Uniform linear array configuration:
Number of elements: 48
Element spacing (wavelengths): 0.5
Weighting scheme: hamming
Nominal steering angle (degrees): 30
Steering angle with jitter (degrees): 30.354
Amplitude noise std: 0.05
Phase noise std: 0.05

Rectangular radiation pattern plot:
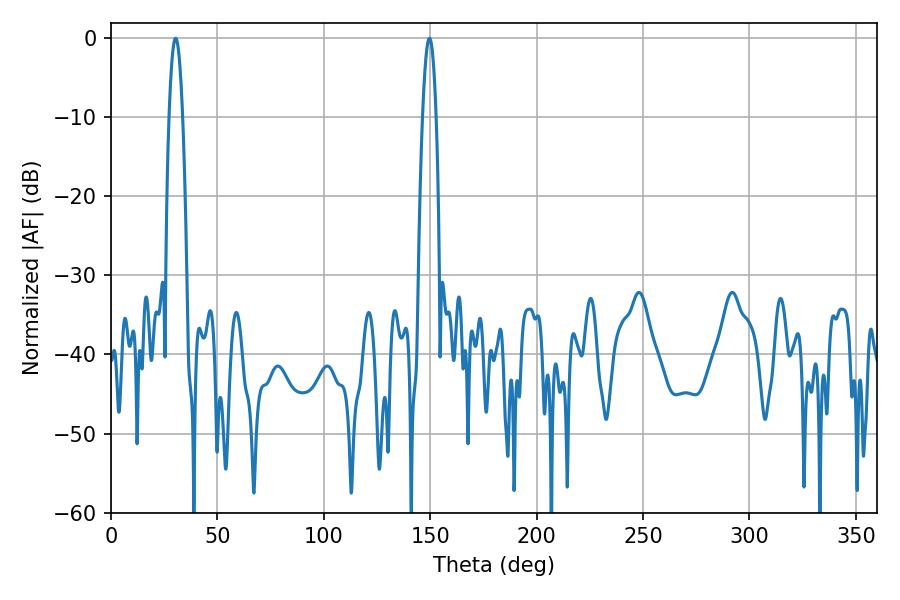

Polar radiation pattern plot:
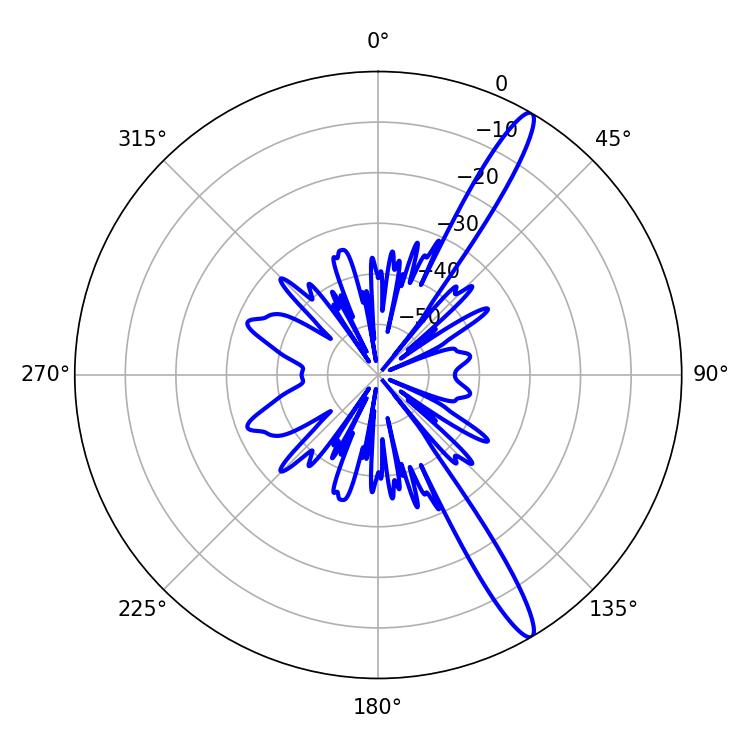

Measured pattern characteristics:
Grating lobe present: FALSE
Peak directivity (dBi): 14.731
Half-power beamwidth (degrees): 3.42
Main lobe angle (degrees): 30.42